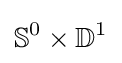
\mathbb {S} ^{0}\times \mathbb {D} ^{1}